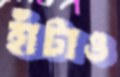
হাঁটাও